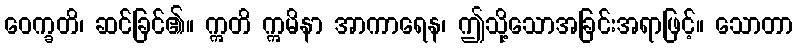
ဝေက္ခတိ၊ ဆင်ခြင်၏။ ဣတိ ဣမိနာ အာကာရေန၊ ဤသို့သောအခြင်းအရာဖြင့်။ သောတာ